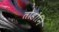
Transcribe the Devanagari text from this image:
तोडोनि